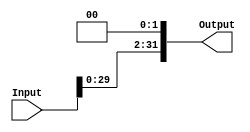
`timescale 1ns / 1ps
//////////////////////////////////////////////////////////////////////////////////
// Company: 
// Engineer: 
// 
// Design Name: 
// Module Name:    ShiftLeft 
// Project Name: 
// Target Devices: 
// Tool versions: 
// Description: 
//
// Dependencies: 
//
// Revision: 
// Revision 0.01 - File Created
// Additional Comments: 
//
//////////////////////////////////////////////////////////////////////////////////
module ShiftLeft(
    input [31:0] Input,
    output reg [31:0] Output
    );
	 
	 always @(Input)
		begin
			Output = Input << 2;
		end
endmodule